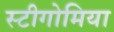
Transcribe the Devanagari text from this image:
स्टीगोमिया